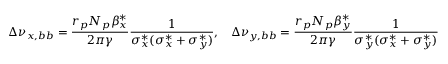
\Delta \nu _ { x , b b } = \frac { r _ { p } N _ { p } \beta _ { x } ^ { * } } { 2 \pi \gamma } \frac { 1 } { \sigma _ { x } ^ { * } ( \sigma _ { x } ^ { * } + \sigma _ { y } ^ { * } ) } , \; \; \; \Delta \nu _ { y , b b } = \frac { r _ { p } N _ { p } \beta _ { y } ^ { * } } { 2 \pi \gamma } \frac { 1 } { \sigma _ { y } ^ { * } ( \sigma _ { x } ^ { * } + \sigma _ { y } ^ { * } ) }